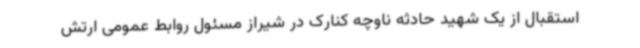
استقبال از یک شهید حادثه ناوچه کنارک در شیراز مسئول روابط عمومی ارتش